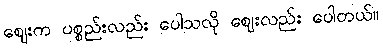
ဈေးက ပစ္စည်းလည်း ပေါသလို ဈေးလည်း ပေါတယ်။